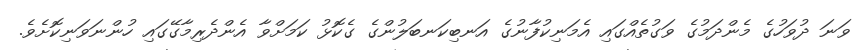
ވަނަ ދުވަހުގެ މެންދަމުގެ ވަގުތެއްގައި އެމަނިކުފާނުގެ އަނބިކަނބަލުންގެ ގެކޮޅު ކަމަށްވާ އެންދެރިމާގޭގައި ހުންނަވަނިކޮށެވެ.